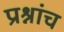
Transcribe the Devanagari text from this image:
प्रश्नांच